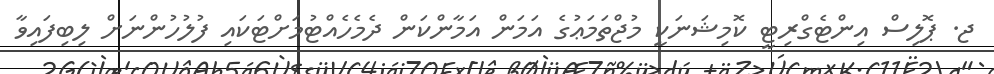
ޖ. ޕޮލިސް އިންޓެގްރިޓީ ކޮމިޝަނަކީ މުޖްތަމަޢުގެ އަމަން އަމާންކަން ދެމެހެއްޓުމަށްޓަކައި ފުލުހުންނަށް ލިބިފައިވާ